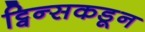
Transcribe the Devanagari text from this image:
ट्विन्सकडून